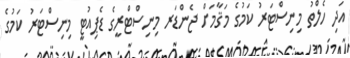
އަދި ހެލްތު މިނިސްޓަރު ކަމުގެ މަޤާމަށް ޖެންޑަރ މިނިސްޓްރީގެ ޑެޕިއުޓީ މިނިސްޓަރު ކަމުގެ